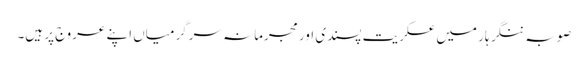
صوبہ ننگر ہار میں عسکریت پسندی اور مجرمانہ سرگرمیاں اپنے عروج پر ہیں۔